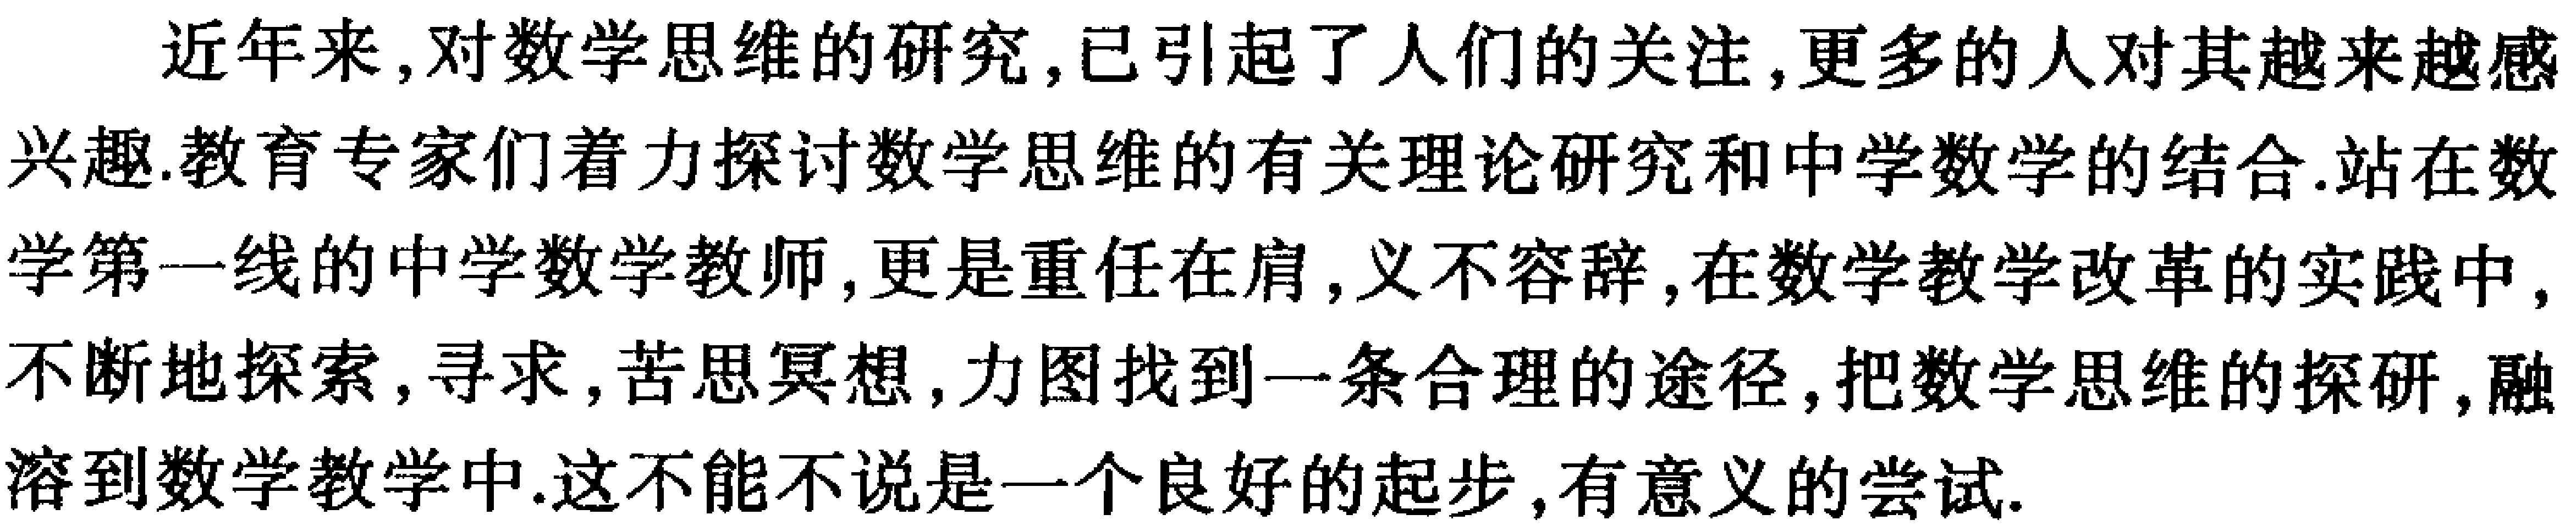
近年来，对数学思维的研究，已引起了人们的关注，更多的人对其越来越感兴趣.教育专家们着力探讨数学思维的有关理论研究和中学数学的结合.站在数学第一线的中学数学教师，更是重任在肩，义不容辞，在数学教学改革的实践中，不断地探索，寻求，苦思冥想，力图找到一条合理的途径，把数学思维的探研，融溶到数学教学中.这不能不说是一个良好的起步，有意义的尝试.